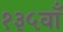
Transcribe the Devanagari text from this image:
१३५वाँ